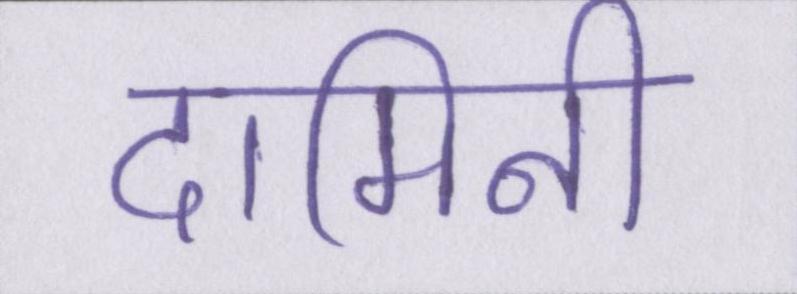
दामिनी